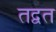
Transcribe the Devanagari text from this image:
तद्वत